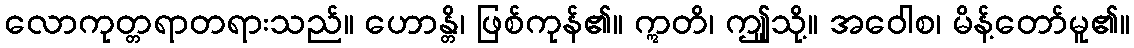
လောကုတ္တရာတရားသည်။ ဟောန္တိ၊ ဖြစ်ကုန်၏။ ဣတိ၊ ဤူသို့။ အဝေါစ၊ မိန့်တော်မူ၏။